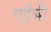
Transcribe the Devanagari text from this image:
एईबी